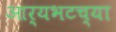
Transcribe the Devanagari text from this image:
आर्यभटच्या